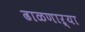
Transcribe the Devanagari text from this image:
ढाळणाऱ्या